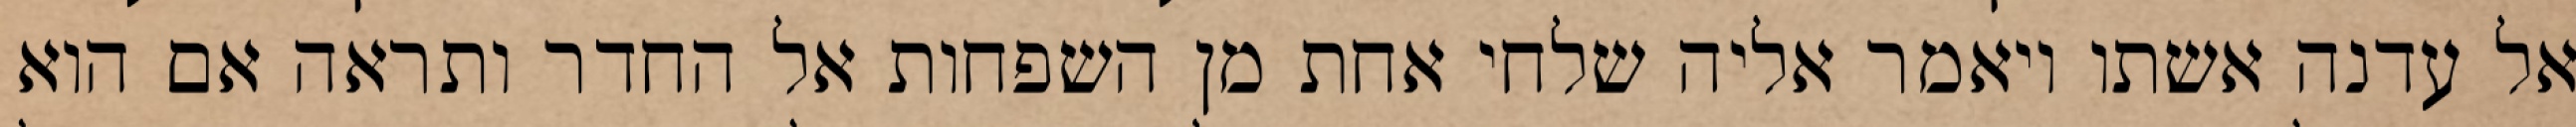
אל עדנה אשתו ויאמר אליה שלחי אחת מן השפחות אל החדר ותראה אם הוא